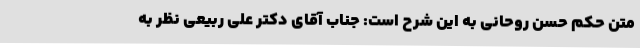
متن حکم حسن روحانی به این شرح است: جناب آقای دکتر علی ربیعی نظر به